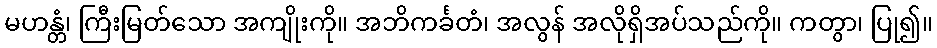
မဟန္တံ၊ ကြီးမြတ်သော အကျိုးကို။ အဘိကင်္ခတံ၊ အလွန် အလိုရှိအပ်သည်ကို။ ကတွာ၊ ပြု၍။